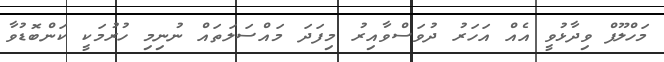
މަހްލޫފް ވިދާޅުވީ އެއް އަހަރު ދުވަސްވާއިރު މިފަދަ މައްސަލަތައް ނުނިމި ހުރުމަކީ ކަންބޮޑުވާ